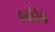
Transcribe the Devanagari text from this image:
इनरिक